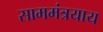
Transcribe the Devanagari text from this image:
साममंत्रयाय